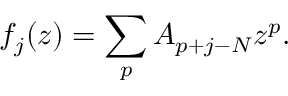
f _ { j } ( z ) = \sum _ { p } A _ { p + j - N } z ^ { p } .